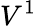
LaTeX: V^{1}